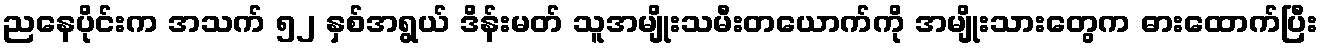
ညနေပိုင်းက အသက် ၅၂ နှစ်အရွယ် ဒိန်းမတ် သူအမျိုးသမီးတယောက်ကို အမျိုးသားတွေက ဓားထောက်ပြီး